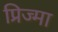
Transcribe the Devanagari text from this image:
प्रिज्मा